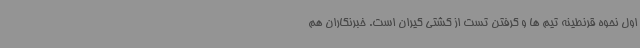
اول نحوه قرنطینه تیم ها و گرفتن تست از کشتی گیران است. خبرنگاران هم